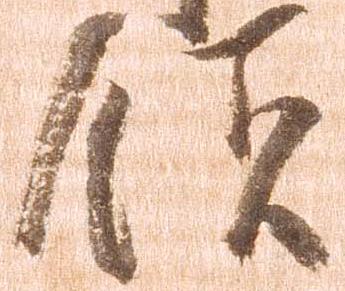
領